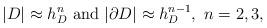
LaTeX: \begin{align*}|D|\approx h_D^n {\ \rm and \ } |\partial D|\approx h_D^{n-1},\ n=2,3,\end{align*}